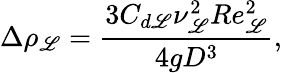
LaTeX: \Delta\rho_{\mathscr{L}}=\frac{{3C_{d\mathscr{L}}\nu_{\mathscr{L}}^{2}Re_{\mathscr{L}}^{2}}}{{4gD^{3}}},